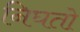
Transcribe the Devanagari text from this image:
निघतो़